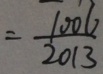
= \frac { 1 0 0 6 } { 2 0 1 3 }